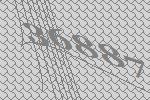
36887